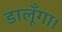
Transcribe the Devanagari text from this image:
डालूँगा।